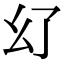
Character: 𢆳